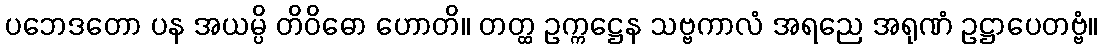
ပဘေဒတော ပန အယမ္ပိ တိဝိဓော ဟောတိ။ တတ္ထ ဥက္ကဋ္ဌေန သဗ္ဗကာလံ အရညေ အရုဏံ ဥဋ္ဌာပေတဗ္ဗံ။